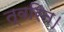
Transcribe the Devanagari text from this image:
त्वरित।